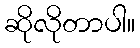
ဆိုလိုတာပါ။